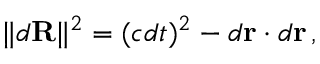
\| d \mathbf { R } \| ^ { 2 } = ( c d t ) ^ { 2 } - d \mathbf { r } \cdot d \mathbf { r } \, ,